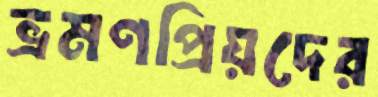
ভ্রমণপ্রিয়দের